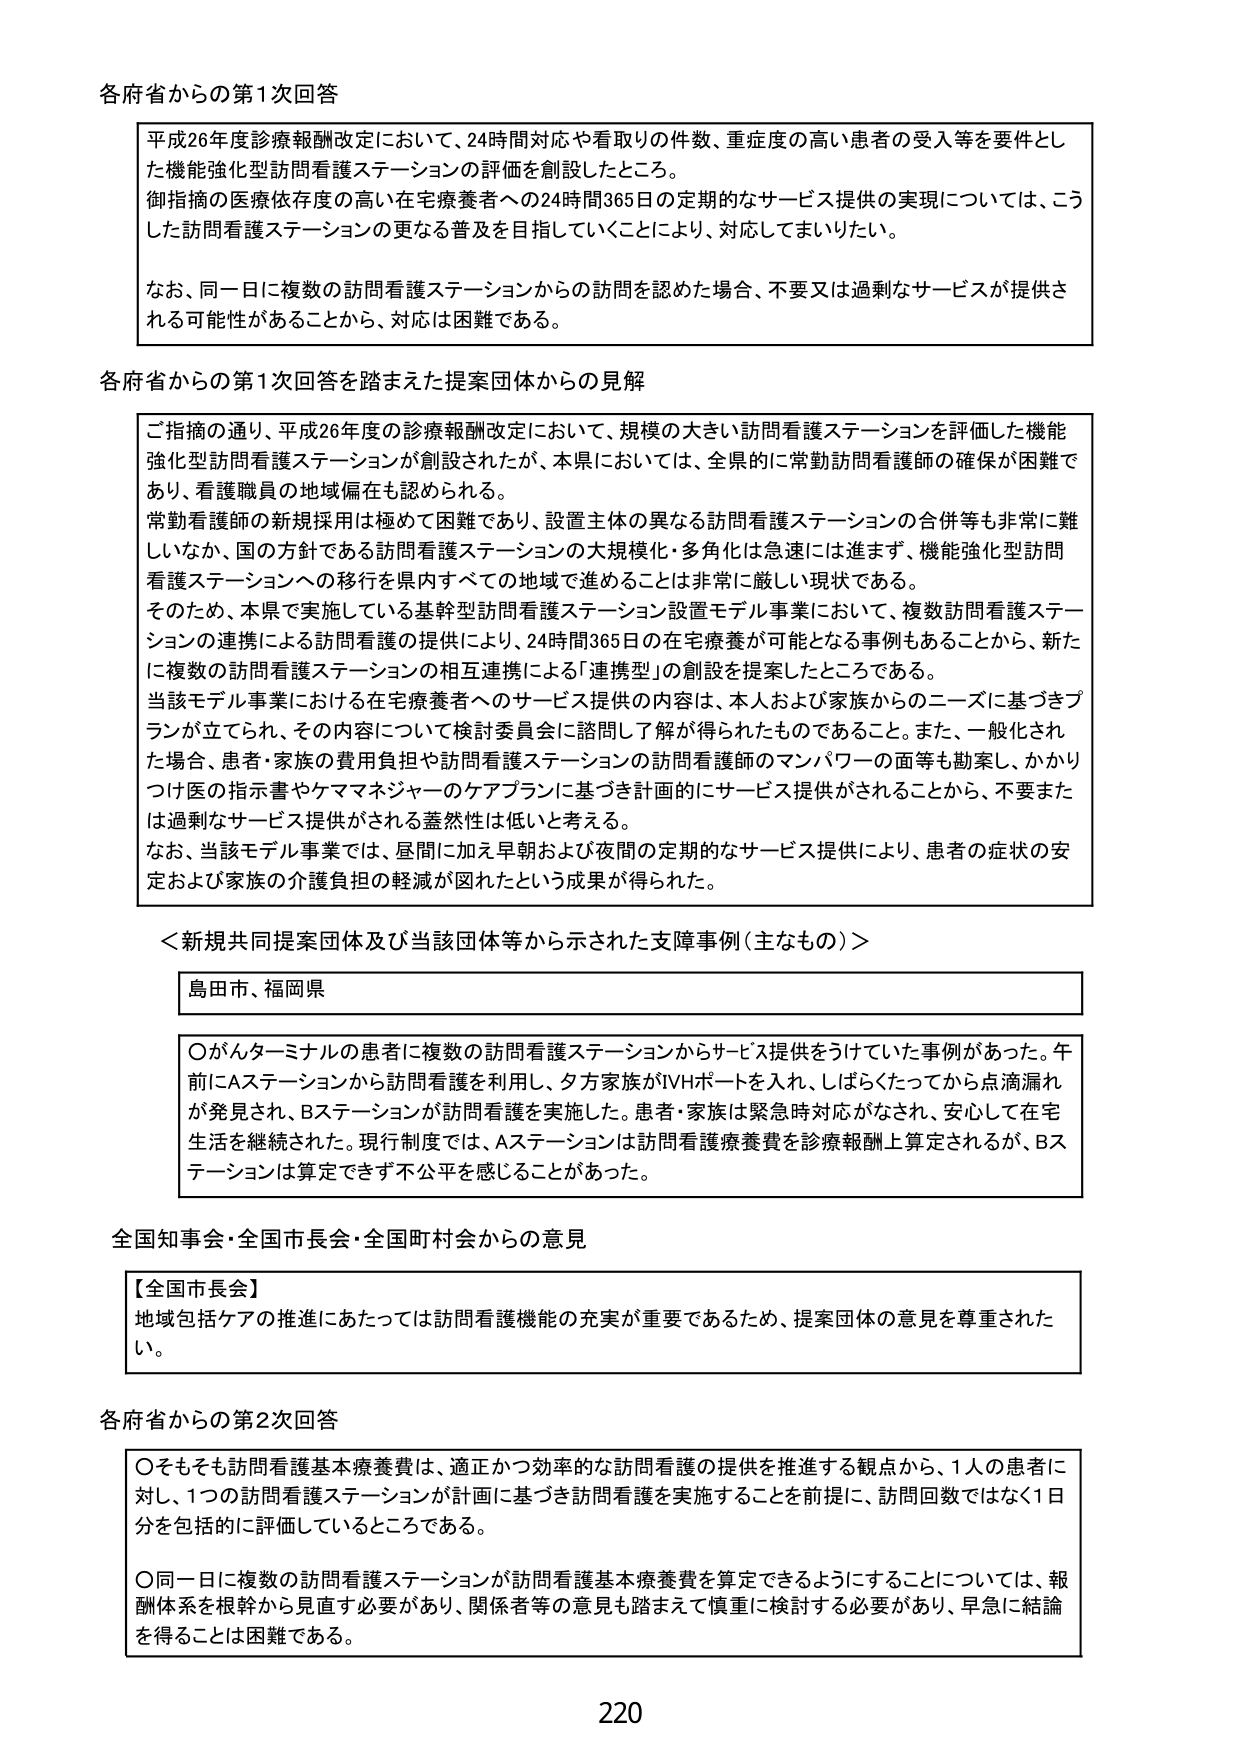
各府省からの第1次回答

平成26年度診療報酬改定において、24時間対応や看取りの件数、重症度の高い患者の受入等を要件とした機能強化型訪問看護ステーションの評価を創設したところ。
御指摘の医療依存度の高い在宅療養者への24時間365日の定期的なサービス提供の実現については、こうした訪問看護ステーションの更なる普及を目指していくことにより、対応してまいりたい。

なお、同一日に複数の訪問看護ステーションからの訪問を認めた場合、不要又は過剰なサービスが提供される可能性があることから、対応は困難である。

各府省からの第1次回答を踏まえた提案団体からの見解

ご指摘の通り、平成26年度の診療報酬改定において、規模の大きい訪問看護ステーションを評価した機能強化型訪問看護ステーションが創設されたが、本県においては、全県的に常勤訪問看護師の確保が困難であり、看護職員の地域偏在も認められる。
常勤看護師の新規採用は極めて困難であり、設置主体の異なる訪問看護ステーションの合併等も非常に難しいなか、国の方針である訪問看護ステーションの大規模化・多角化は急速には進まず、機能強化型訪問看護ステーションへの移行を県内すべての地域で進めることは非常に厳しい現状である。
そのため、本県で実施している基幹型訪問看護ステーション設置モデル事業において、複数訪問看護ステーションの連携による訪問看護の提供により、24時間365日の在宅療養が可能となる事例もあることから、新たに複数の訪問看護ステーションの相互連携による「連携型」の創設を提案したところである。
当該モデル事業における在宅療養者へのサービス提供の内容は、本人および家族からのニーズに基づきプランが立てられ、その内容について検討委員会に諮問して了解が得られたものであること。また、一般化された場合、患者・家族の費用負担や訪問看護ステーションの訪問看護師のマンパワーの面等も勘案し、かかりつけ医の指示書やケアマネジャーのケアプランに基づき計画的にサービス提供がされることから、不要または過剰なサービス提供がされる蓋然性は低いと考える。
なお、当該モデル事業では、昼間に加え早朝および夜間の定期的なサービス提供により、患者の症状の安定および家族の介護負担の軽減が図れたという成果が得られた。

＜新規共同提案団体及び当該団体等から示された支障事例（主なもの）＞

島田市、福岡県

〇がんターミナルの患者に複数の訪問看護ステーションからサービス提供をうけていた事例があった。午前にAステーションから訪問看護を利用し、夕方家族がIVHポートを入れ、しばらくたってから点滴漏れが発見され、Bステーションが訪問看護を実施した。患者・家族は緊急時対応がなされ、安心して在宅生活を継続された。現行制度では、Aステーションは訪問看護療養費を診療報酬上算定されるが、Bステーションは算定できず不公平を感じることがあった。

全国知事会・全国市長会・全国町村会からの意見

【全国市長会】
地域包括ケアの推進にあたっては訪問看護機能の充実が重要であるため、提案団体の意見を尊重されたい。

各府省からの第2次回答

〇そもそも訪問看護基本療養費は、適正かつ効率的な訪問看護の提供を推進する観点から、1人の患者に対して、1つの訪問看護ステーションが計画に基づき訪問看護を実施することを前提に、訪問回数ではなく1日分を包括的に評価しているところである。

〇同一日に複数の訪問看護ステーションが訪問看護基本療養費を算定できるようにすることについては、報酬体系を根幹から見直す必要があり、関係者等の意見も踏まえて慎重に検討する必要があり、早急に結論を得ることは困難である。

220